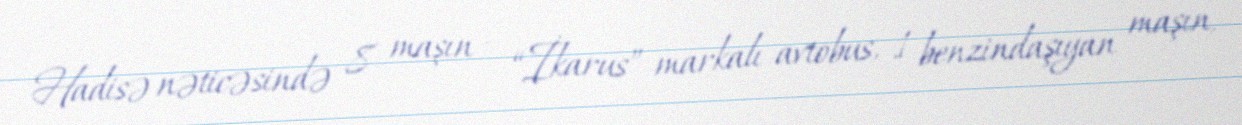
Hadisə nəticəsində 8 maşın – “İkarus” markalı avtobus, 1 benzindaşıyan maşın,